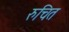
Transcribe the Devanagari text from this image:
रुचित